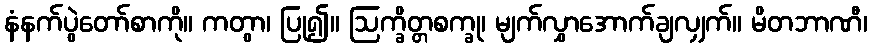
နံနက်ပွဲတော်စာကို။ ကတွာ၊ ပြု၍။ ဩက္ခိတ္တစက္ခု၊ မျက်လွှာအောက်ချလျှက်။ မိတဘာဏီ၊